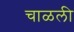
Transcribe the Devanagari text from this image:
चाळली